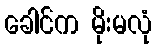
ခေါင်က မိုးမလုံ